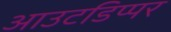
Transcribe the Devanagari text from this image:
आउटडिप्पर